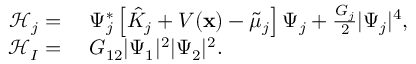
\begin{array} { r l } { \mathcal { H } _ { j } = } & { \ \Psi _ { j } ^ { * } \left[ \hat { K } _ { j } + V ( \mathbf { x } ) - { \tilde { \mu } _ { j } } \right] \Psi _ { j } + \frac { G _ { j } } { 2 } | \Psi _ { j } | ^ { 4 } , } \\ { \mathcal { H } _ { I } = } & { \ G _ { 1 2 } | \Psi _ { 1 } | ^ { 2 } | \Psi _ { 2 } | ^ { 2 } . } \end{array}